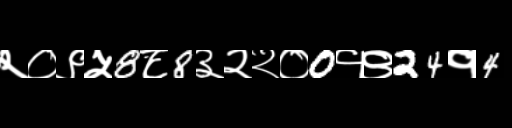
Text: २०९५8८8३२२०0१९24१4